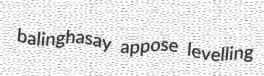
balinghasay appose levelling